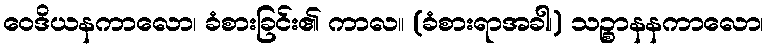
ဝေဒိယနကာလော၊ ခံစားခြင်း၏ ကာလ။ (ခံစားရာအခါ၊) သဉ္စာနနကာလော၊